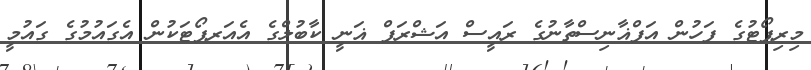
މިރިޕޯޓުގެ ފަހުން އަފްޣާނިސްތާނުގެ ރައީސް އަޝްރަފް ޣަނީ ކާބުލްގެ އެއަރޕޯޓަކުން އެގައުމުގެ ގައުމީ